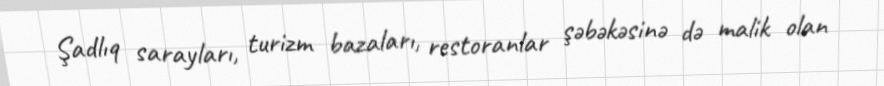
Şadlıq sarayları, turizm bazaları, restoranlar şəbəkəsinə də malik olan